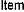
ITEM